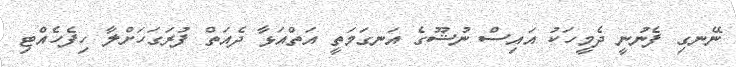
ނޭނގި ފެނުނީ ދެމީހަކު އައިސް ނުޝޫގެ އަނގަމަތީ އަތްއަޅާ ދެއަތް ފުރަގަހަށްލާ ހިފެހެއްޓި